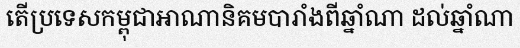
តើប្រទេសកម្ពុជាអាណានិគមបារាំងពីឆ្នាំណា ដល់ឆ្នាំណា